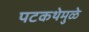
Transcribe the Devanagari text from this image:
पटकथेमुळे